Annual report on the working of the lock hospitals in the Central Provinces
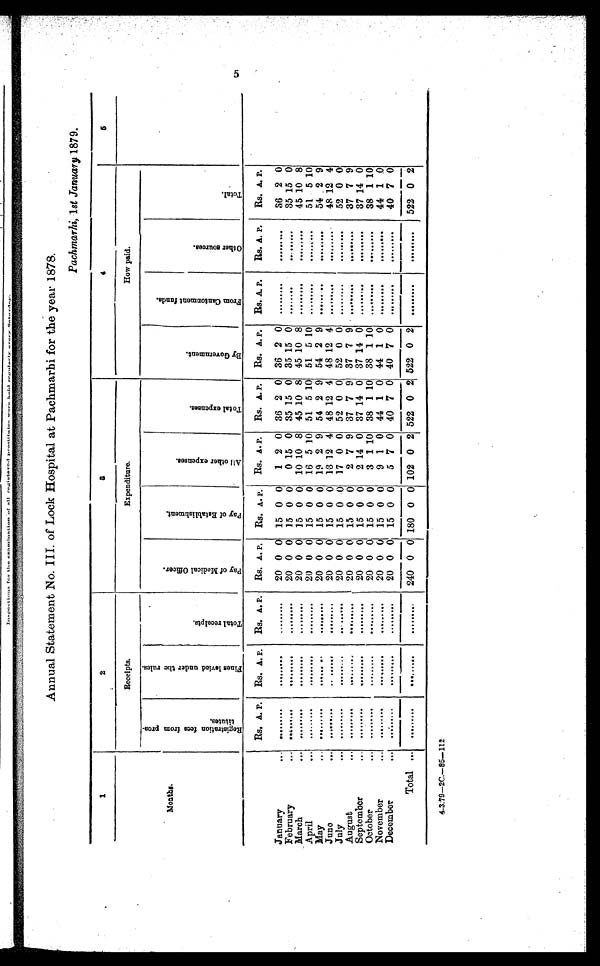
Annual Statement No. III. of Lock Hospital at Pachmarbi for the year 1878.
Pachmarhi, 1st January 1879.
1
2
3
4
5
Months.
Receipts.
Expenditure.
How paid.
R e g i s t r a t i o n f e e s f r o m p r o s - t i t u t e s .
F i n e s l e v i e d u n d e r t h e r u l e s .
T o t a l r e c e i p t s .
p a y o f M e d i c a l O f f i c e r .
P a y o f E s t a b l i s h m e n t .
A l l o t h e r e x p e n s e s .
T o t a l e x p e n s e s .
B y G o v e r n m e n t .
F r o m C a n t o n m e n t f u n d s .
O t h e r s o u r c e s .
T o t a l .
Rs. A. P.
Rs. A. P.
Rs. A. P.
Rs. A. P.
Rs. A. P. Rs. A . P.
RS. A. P.
Rs. A. P.
Rs. A. P.
Rs. A. P.
Rs. A. P.
January
...
. . .
. . .
. . .
. . .
...
. . .
. . .
...
. . . 20 0 0 15 0 0
1 2 0 36 2 0 36 2
0 ... ... ...
. . . . . .
...
36 2 0
February ...
. . . . . .
. . .
. . .
...
. . .
. . .
...
. . . 20 0 0 15 0 0
0 15 0 35 15 0 35 15
0 ... ... ...
. . . . . .
...
35 15 0
March...
. . . . . .
. . .
. . .
...
. . .
. . .
...
. . . 20 0 0 15 0 0 10 10 8 45 10 8 45 10
8 ... ... ...
. . . . . .
...
45 10 8
April
...
. . . . . .
. . .
. . .
...
. . .
. . .
...
. . . 20 0 0 15 0 0 16 5 10 51 5 10 51 5
1 0
... ... ...
. . . . . .
...
51 5 10
May
...
. . .
. . .
. . .
. . .
...
. . .
. . .
...
. . . 20 0 0 15 0 0 19 2 9 54 2 9 54 2 9 ... ... ...
. . . . . .
...
5 4 2
9
June
...
. . . . . .
. . .
. . .
...
. . .
. . .
...
. . . 20 0 0 15 0 0 13 12 4 48 12 4 48 12
4 ... ... ...
. . . . . .
...
48 12 4
July
...
. . . . . .
. . .
. . .
...
. . .
. . .
...
. . . 20 0 0 15 0 0 17 0 0 52 0 0 52 0 0 ... ... ...
. . . . . .
...
52 0 0
August
...
. . . . . .
. . . . . . ...
. . .
. . .
...
. . . 20 0 0 15 0 0
2 7 9 37 7 9 37 7
9 ... ... ...
. . . . . .
...
37 7 9
September
...
. . . . . .
. . .
. . . ...
. . .
. . .
...
. . . 20 0 0 15 0 0
2 14 0 37 14 0 37 14 0 ... ... ...
. . . . . .
...
37 14 0
October
...
. . . . . .
. . .
. . . ...
. . .
. . .
...
. . . 20 0 0 15 0 0
3 1 10 38 1 10 38 1
1 0
... ... ...
... . . .
...
38 1 10
November
. . .
. . .
...
. . .
. . . ...
. . .
. . .
...
. . . 20 0 0 15 0 0
9 1 0 44 1 0 44 1
0 ... ... ...
. . . . . .
...
44 1 0
December
...
. . .
...
. . .
. . .
...
. . .
. . .
...
. . . 20 0 0 15 0 0
5 7 0 40 7 0 40 7
0 ... ... ...
. . . . . .
...
40 7 0
Total ...
. . .
...
. . .
. . .
... ...
. . .
...
. . .
240 0 0 180 0 0 102 0 2 522 0 2 522 0
2 ... ... ...
. . . . . .
...
522 0 2
4.3.79—2C.—85—112
5